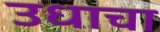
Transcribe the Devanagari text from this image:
उधाचा